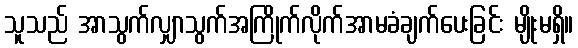
သူသည် အာသွက်လျှာသွက်အကြိုက်လိုက်အာမခံချက်ပေးခြင်း မျိုးမရှိ။